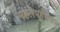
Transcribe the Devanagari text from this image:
महलपहुँचकर